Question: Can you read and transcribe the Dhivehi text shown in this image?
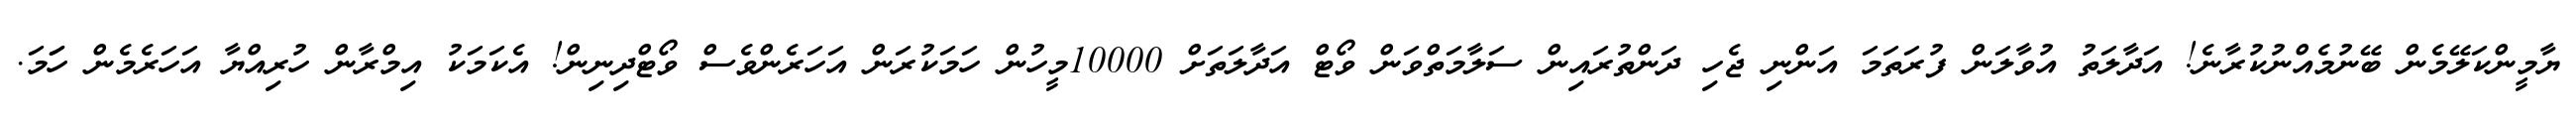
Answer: ޔާމީންކަލޭމެން ބޭނުމެއްނުކުރާނެ! އަދާލަތު އުވާލަން ފުރަތަމަ އަންނި ޖެހި ދަންތުރައިން ސަލާމަތްވަން ވޯޓް އަދާލަތަށް 10000މީހުން ހަމަކުރަން އަހަރެންވެސް ވޯޓްދިނިން! އެކަމަކު އިމްރާން ހުރިއްޔާ އަހަރެމެން ހަަމަ.